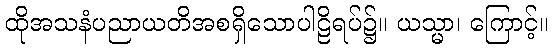
ထိုအသနံပညာယတိအစရှိသောပါဠိရပ်၌။ ယသ္မာ၊ ကြောင့်။